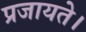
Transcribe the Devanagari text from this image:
प्रजायते।